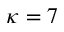
\kappa = 7